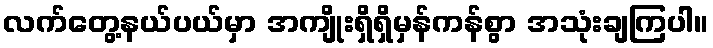
လက်တွေ့နယ်ပယ်မှာ အကျိုးရှိရှိမှန်ကန်စွာ အသုံးချကြပါ။